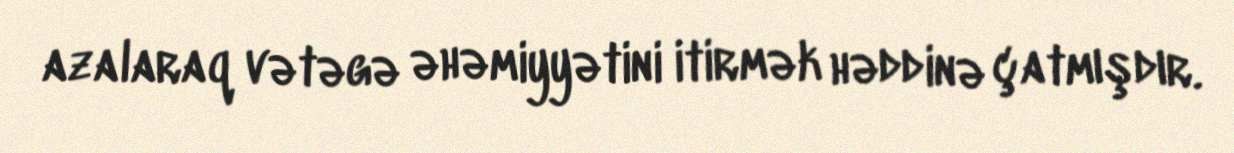
azalaraq vətəgə əhəmiyyətini itirmək həddinə çatmışdır.